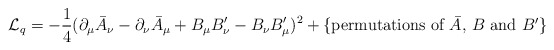
\begin{align*}{\cal L}_{\sc q} = -\frac{1}{4}(\partial_{\mu}\bar{A}_{\nu}- \partial_{\nu}\bar{A}_{\mu}+ B_{\mu}B'_{\nu} - B_{\nu}B'_{\mu})^2+\{\mbox{permutations of $\bar{A}$, $B$ and $B'$}\}\end{align*}